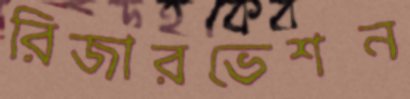
রিজারভেশন